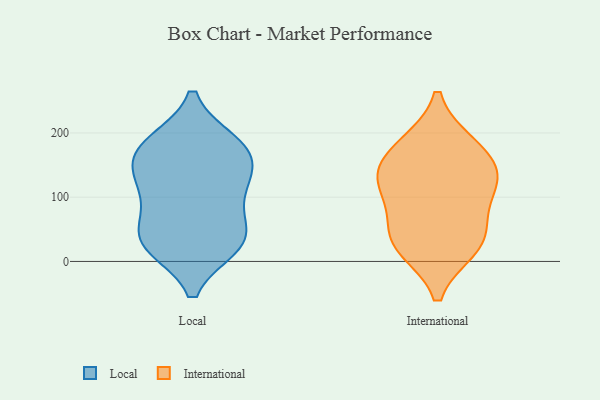
{"axis": {"x": "Energy Usage (MWh)", "y": "Value"}, "legend": ["International", "Local"], "data": [{"x": "", "y": 164, "type": "Local"}, {"x": "", "y": 185, "type": "Local"}, {"x": "", "y": 138, "type": "Local"}, {"x": "", "y": 44, "type": "Local"}, {"x": "", "y": 114, "type": "Local"}, {"x": "", "y": 110, "type": "Local"}, {"x": "", "y": 182, "type": "Local"}, {"x": "", "y": 24, "type": "Local"}, {"x": "", "y": 81, "type": "Local"}, {"x": "", "y": 182, "type": "Local"}, {"x": "", "y": 26, "type": "Local"}, {"x": "", "y": 24, "type": "Local"}, {"x": "", "y": 147, "type": "Local"}, {"x": "", "y": 41, "type": "Local"}, {"x": "", "y": 23, "type": "International"}, {"x": "", "y": 130, "type": "International"}, {"x": "", "y": 180, "type": "International"}, {"x": "", "y": 134, "type": "International"}, {"x": "", "y": 182, "type": "International"}, {"x": "", "y": 135, "type": "International"}, {"x": "", "y": 38, "type": "International"}, {"x": "", "y": 107, "type": "International"}, {"x": "", "y": 21, "type": "International"}, {"x": "", "y": 66, "type": "International"}]}